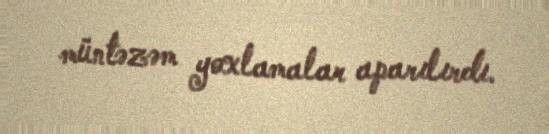
müntəzəm yoxlamalar aparılırdı.